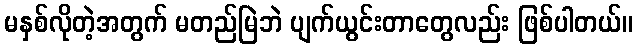
မနှစ်လိုတဲ့အတွက် မတည်မြဲဘဲ ပျက်ယွင်းတာတွေလည်း ဖြစ်ပါတယ်။